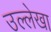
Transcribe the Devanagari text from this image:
उल्लेखा